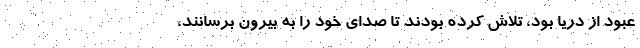
عبود از دریا بود، تلاش کرده بودند تا صدای خود را به بیرون برسانند،